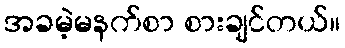
အခမဲ့မနက်စာ စားချင်တယ်။